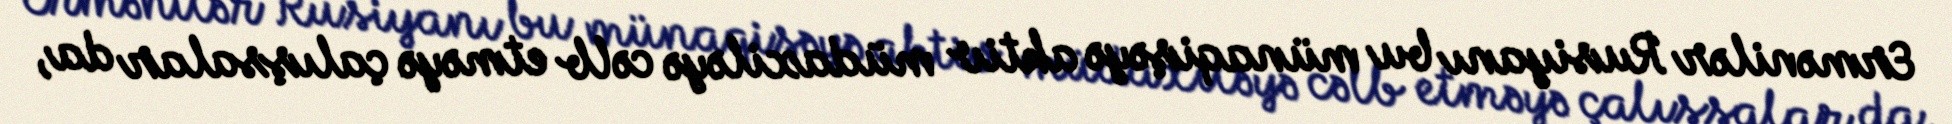
Ermənilər Rusiyanı bu münaqişəyə aktiv müdaxiləyə cəlb etməyə çalışsalar da,